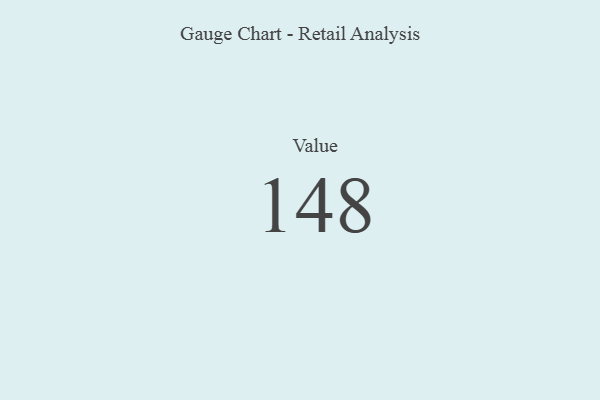
{"axis": {"x": "Metric", "y": "Value"}, "legend": [""], "data": [{"x": "Value", "y": 148, "type": ""}]}